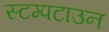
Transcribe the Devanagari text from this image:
स्टम्पटाउन